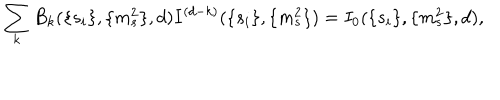
LaTeX: \sum _ { k } B _ { k } ( \{ s _ { i } \} , \{ m _ { s } ^ { 2 } \} , d ) I ^ { ( d - k ) } ( \{ s _ { i } \} , \{ m _ { s } ^ { 2 } \} ) = I _ { 0 } ( \{ s _ { i } \} , \{ m _ { s } ^ { 2 } \} , d ) ,